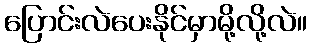
ပြောင်းလဲပေးနိုင်မှာမို့လို့လဲ။